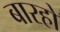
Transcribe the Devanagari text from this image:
बारहो